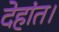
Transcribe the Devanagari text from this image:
देहांत।